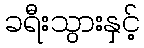
ခရီးသွားနှင့်